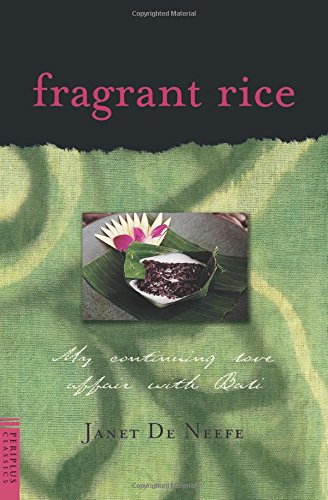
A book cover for Fragrant Rice: My Continuing Love Affair with Bali [Includes 115 Recipes]; Janet De Neefe; Cookbooks, Food & Wine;